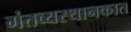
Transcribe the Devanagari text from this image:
गंतव्यस्थानकात